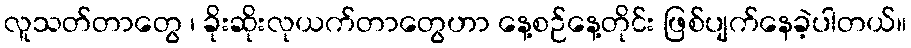
လူသတ်တာတွေ ၊ ခိုးဆိုးလုယက်တာတွေဟာ နေ့စဉ်နေ့တိုင်း ဖြစ်ပျက်နေခဲ့ပါတယ်။